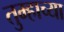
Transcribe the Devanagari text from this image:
तुम्हाच्या